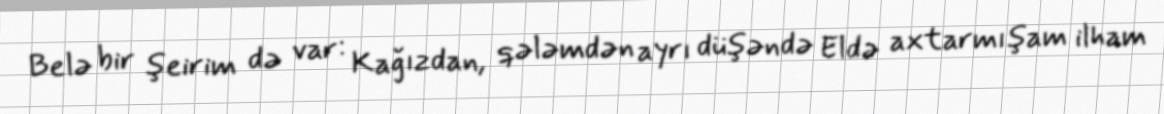
Belə bir şeirim də var: Kağızdan, qələmdən ayrı düşəndə Eldə axtarmışam ilham